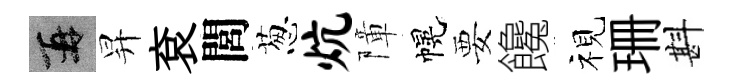
再昇袞閭葱炕障幌要饞视珊斟